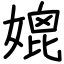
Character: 媲